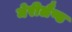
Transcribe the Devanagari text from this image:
मेरीलैण्ड